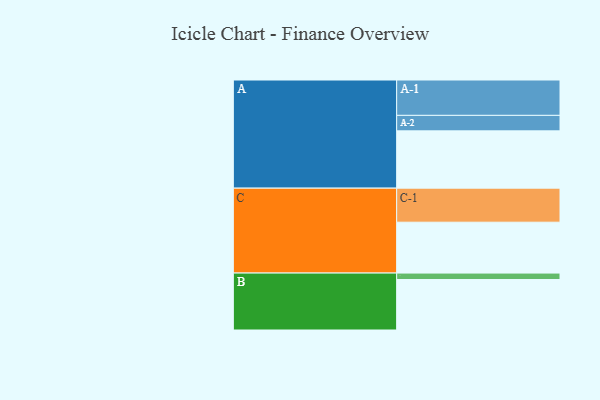
{"axis": {"x": "Segment", "y": "Value"}, "legend": ["", "A", "B", "C"], "data": [{"x": "A", "y": 473, "type": ""}, {"x": "B", "y": 417, "type": ""}, {"x": "C", "y": 420, "type": ""}, {"x": "A-1", "y": 292, "type": "A"}, {"x": "A-2", "y": 128, "type": "A"}, {"x": "B-1", "y": 53, "type": "B"}, {"x": "C-1", "y": 281, "type": "C"}]}